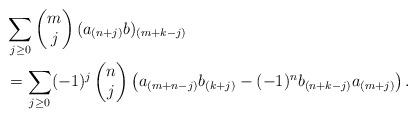
LaTeX: \begin{align*}& \sum_{j\geq 0}\begin{pmatrix}m\\j \end{pmatrix}(a_{(n+j)}b)_{(m+k-j)}\\&=\sum_{j\geq 0}(-1)^j \begin{pmatrix} n\\ j \end{pmatrix}\left(a_{(m+n-j)}b_{(k+j)}-(-1)^n b_{(n+k-j)}a_{(m+j)}\right).\end{align*}